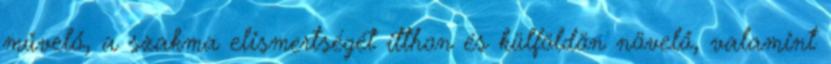
művelő, a szakma elismertségét itthon és külföldön növelő, valamint